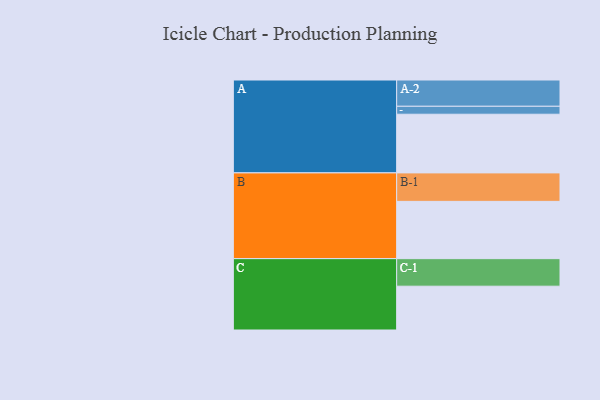
{"axis": {"x": "Segment", "y": "Value"}, "legend": ["", "A", "B", "C"], "data": [{"x": "A", "y": 509, "type": ""}, {"x": "B", "y": 497, "type": ""}, {"x": "C", "y": 380, "type": ""}, {"x": "A-1", "y": 69, "type": "A"}, {"x": "A-2", "y": 228, "type": "A"}, {"x": "B-1", "y": 247, "type": "B"}, {"x": "C-1", "y": 239, "type": "C"}]}